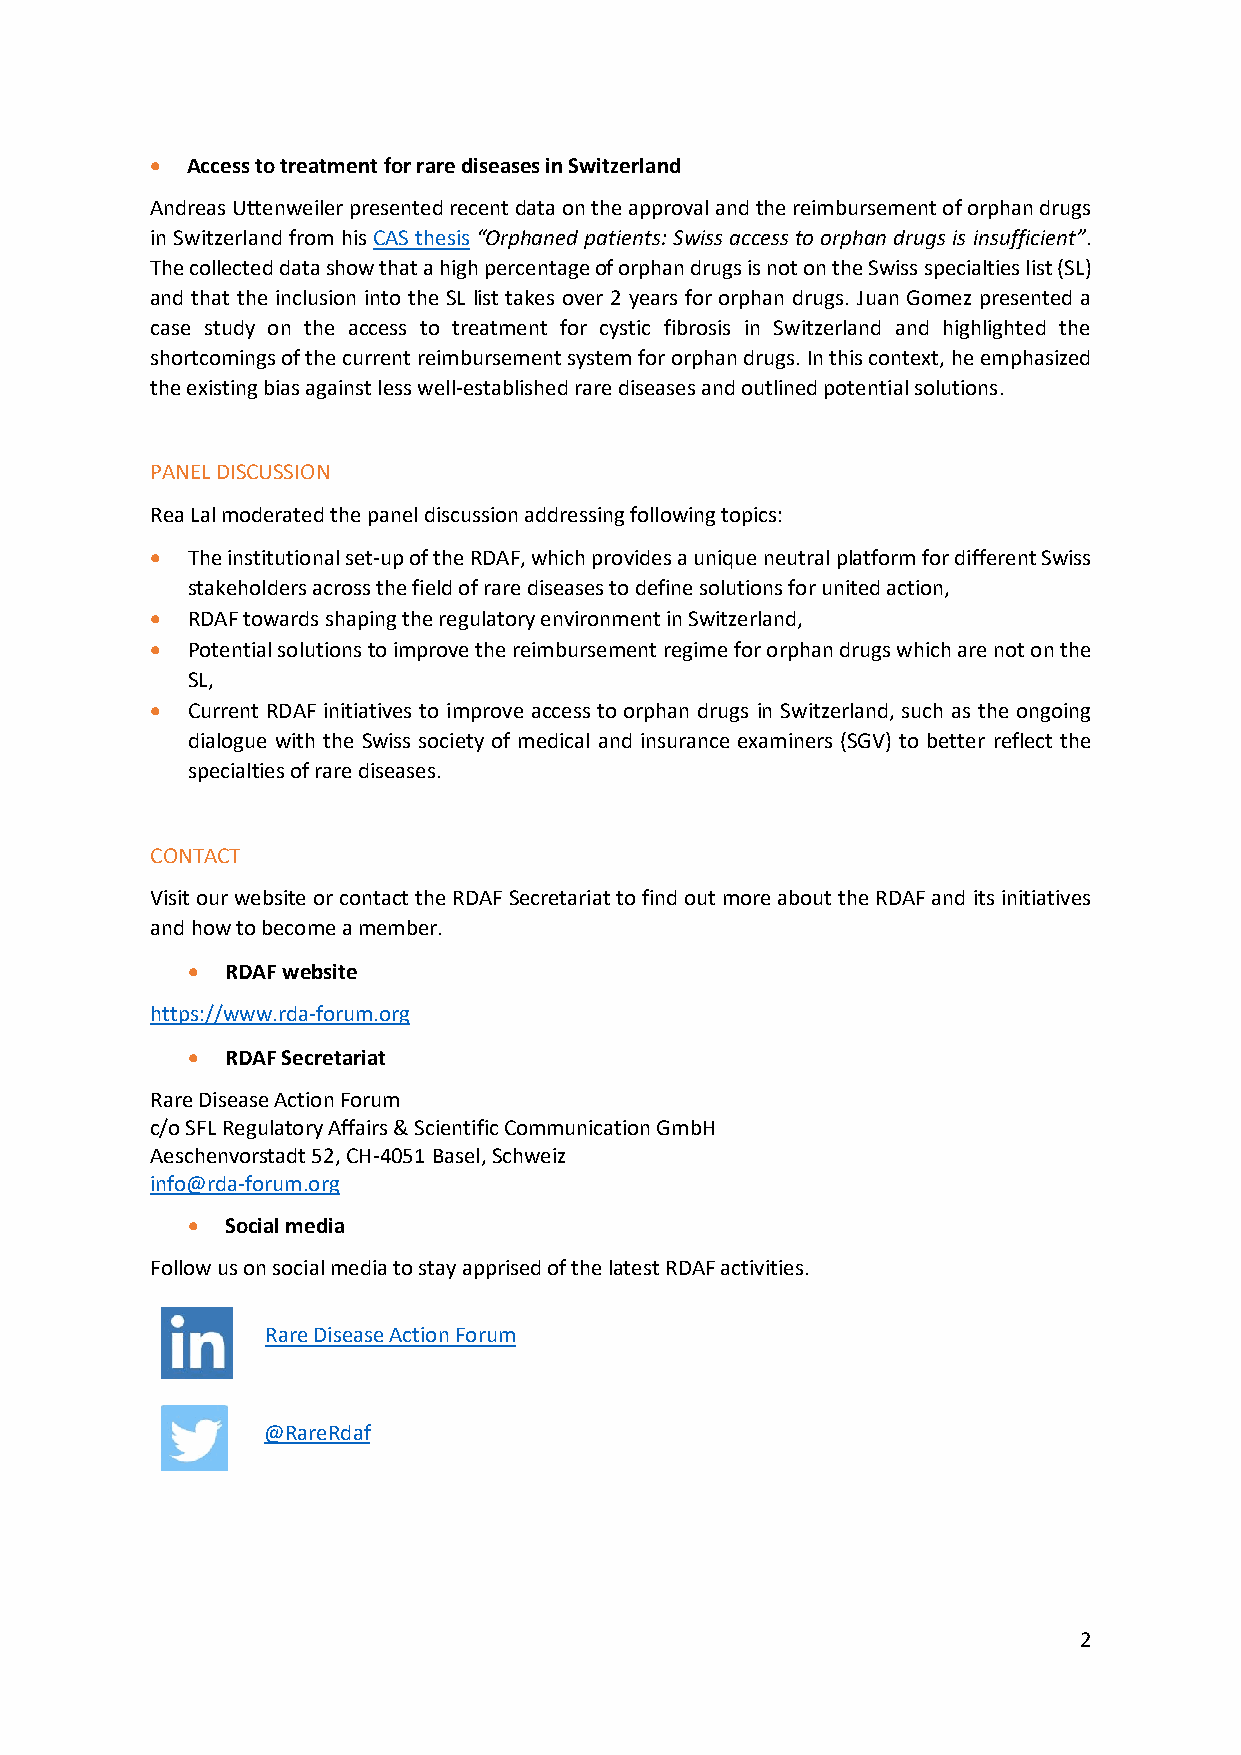
• Access to treatment for rare diseases in Switzerland
 Andreas Uttenweiler presented recent data on the approval and the reimbursement of orphan drugs
 in Switzerland from his CAS thesis “Orphaned patients: Swiss access to orphan drugs is insufficient”.
 The collected data show that a high percentage of orphan drugs is not on the Swiss specialties list (SL)
 and that the inclusion into the SL list takes over 2 years for orphan drugs. Juan Gomez presented a
 case study on the access to treatment for cystic fibrosis in Switzerland and highlighted the
 shortcomings of the current reimbursement system for orphan drugs. In this context, he emphasized
 the existing bias against less well-established rare diseases and outlined potential solutions.
 PANEL DISCUSSION
 Rea Lal moderated the panel discussion addressing following topics:
 • The institutional set-up of the RDAF, which provides a unique neutral platform for different Swiss
 stakeholders across the field of rare diseases to define solutions for united action,
 • RDAF towards shaping the regulatory environment in Switzerland,
 • Potential solutions to improve the reimbursement regime for orphan drugs which are not on the
 SL,
 • Current RDAF initiatives to improve access to orphan drugs in Switzerland, such as the ongoing
 dialogue with the Swiss society of medical and insurance examiners (SGV) to better reflect the
 specialties of rare diseases.
 CONTACT
 Visit our website or contact the RDAF Secretariat to find out more about the RDAF and its initiatives
 and how to become a member.
 •  RDAF website
 https://www.rda-forum.org
 •  RDAF Secretariat
 Rare Disease Action Forum
 c/o SFL Regulatory Affairs & Scientific Communication GmbH
 Aeschenvorstadt 52, CH-4051 Basel, Schweiz
 info@rda-forum.org
 •  Social media
 Follow us on social media to stay apprised of the latest RDAF activities.
 Rare Disease Action Forum
 @RareRdaf
 2